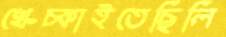
খেঁচ্‌কাইতেছিলি